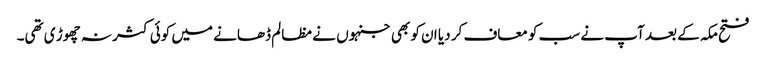
فتح مکہ کے بعد آپ نے سب کو معاف کر دیا ان کو بھی جنہوں نے مظالم ڈھانے میں کوئی کثر نہ چھوڑ ی تھی۔